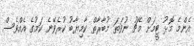
އެންމެ މޮޅު ޓީމަށް މެޗު ނުވަތަ މުބާރާތް ކާމިޔާބު ކުރެވޭނެ ކަމުގެ އެއްވެސް